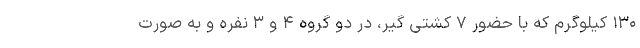
۱۳۰ کیلوگرم که با حضور ۷ کشتی گیر، در دو گروه ۴ و ۳ نفره و به صورت